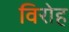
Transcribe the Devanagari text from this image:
विरोह